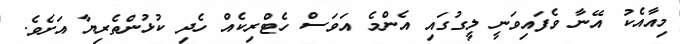
މިއާއެކު އޭނާ ވެފައިވަނީ ލީގުގައި އެންމެ އަވަސް ހެޓްރިކެއް ހެދި ކުޅުންތެރިޔާ އަށެވެ.